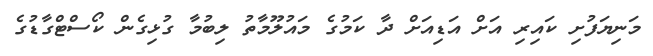
މަނިޔަފުށި ކައިރި އަށް އަޑިއަށް ދާ ކަމުގެ މައުލޫމާތު ލިބުމާ ގުޅިގެން ކޯސްޓްގާޑުގެ